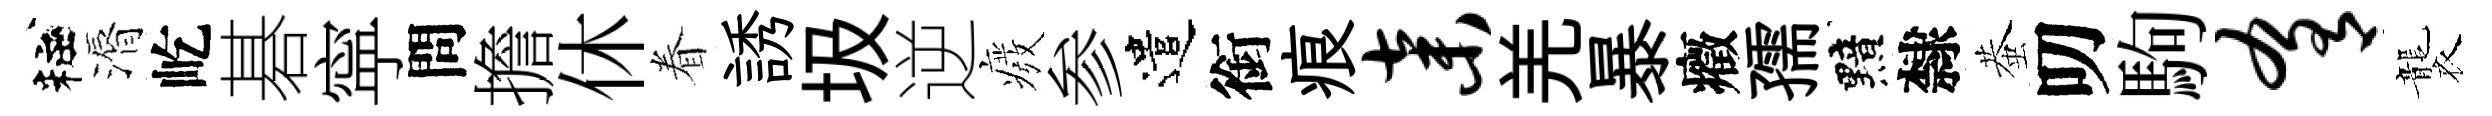
粧漘屹碁寜問擔休眷誘圾逆癈参遣銜痕弃羌暴癥孺黯隸蛬叨駒肴襲